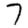
Digit: 7